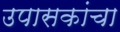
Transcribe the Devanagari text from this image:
उपासकांचा